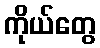
ကိုယ်တွေ